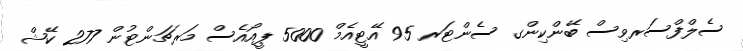
ސެލްފްސަރވިސް ބޭންކިންގ ސެންޓަރ 95 އޭޓީއެމް 5000 ޕީއޯއެސް މަރޗަންޓުން 277 ކޭޝް